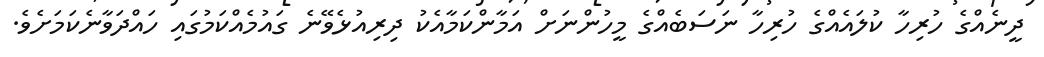
ދީނެއްގެ ހުރިހާ ކުލައެއްގެ ހުރިހާ ނަސަބެއްގެ މީހުންނަށް އަމާންކަމާއެކު ދިރިއުޅެވޭނެ ގައުމެއްކަމުގައި ހައްދަވާނެކަމަށެވެ.